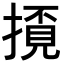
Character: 𢴓